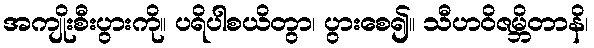
အကျိုးစီးပွားကို။ ပရိပါစယိတွာ၊ ပွားစေ၍။ သီဟဝိဇမ္ဘိတာနိ၊